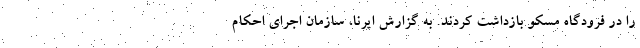
را در فرودگاه مسکو بازداشت کردند. به گزارش ایرنا، سازمان اجرای احکام